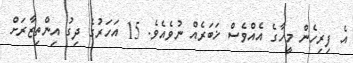
އެ ފިރިހެން މީހާގެ އެއްވެސް ޚަބަރެއް ނުވެއެވެ. 15 އަހަރުގެ ދިގު އިންތިޒާރަށް